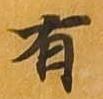
有